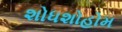
શોધશોહોમ